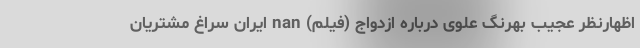
اظهارنظر عجیب بهرنگ علوی درباره ازدواج (فیلم) nan ایران سراغ مشتریان